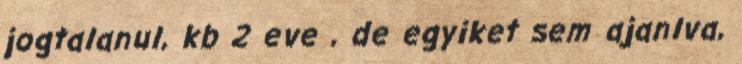
jogtalanul, kb 2 eve , de egyiket sem ajanlva,